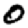
Digit: 0